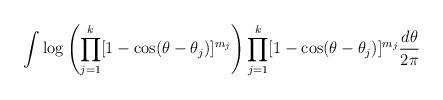
LaTeX: \begin{align*} \int \log \left( \prod_{j=1}^k [1-\cos(\theta-\theta_j)]^{m_j} \right) \prod_{j=1}^k [1-\cos(\theta-\theta_j)]^{m_j} \frac{d\theta}{2\pi}\end{align*}